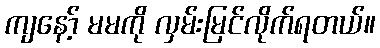
ကျနော့် မမကို လှမ်းမြင်လိုက်ရတယ်။